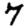
Digit: 7